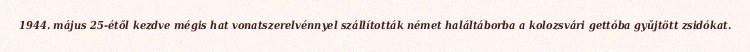
1944. május 25-étől kezdve mégis hat vonatszerelvénnyel szállították német haláltáborba a kolozsvári gettóba gyűjtött zsidókat.